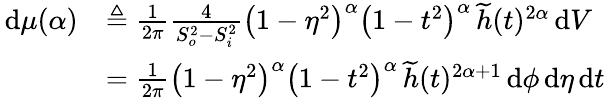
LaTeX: \begin{array}{rl}{\, \mathrm{d}\mu(\alpha)}&{\triangleq\frac{1}{2\pi}\frac{4}{S_{o}^{2}-S_{i}^{2}}\left(1-\eta^{2}\right)^{\alpha}\left(1-t^{2}\right)^{\alpha}\, \widetilde{h}(t)^{2\alpha}\, \mathrm{d}V}\\ &{=\frac{1}{2\pi}\left(1-\eta^{2}\right)^{\alpha}\left(1-t^{2}\right)^{\alpha}\, \widetilde{h}(t)^{2\alpha+1}\, \mathrm{d}\phi\, \mathrm{d}\eta\, \mathrm{d}t}\end{array}